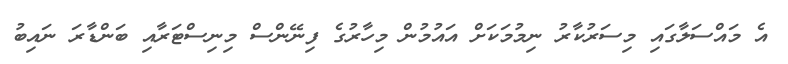
އެ މައްސަލާގައި މިސަރުކާރު ނިމުމަކަށް އައުމުން މިހާރުގެ ފިނޭންސް މިނިސްޓަރާއި ބަންޑާރަ ނައިބު